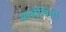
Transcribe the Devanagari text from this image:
आस्ट्रेलिया।